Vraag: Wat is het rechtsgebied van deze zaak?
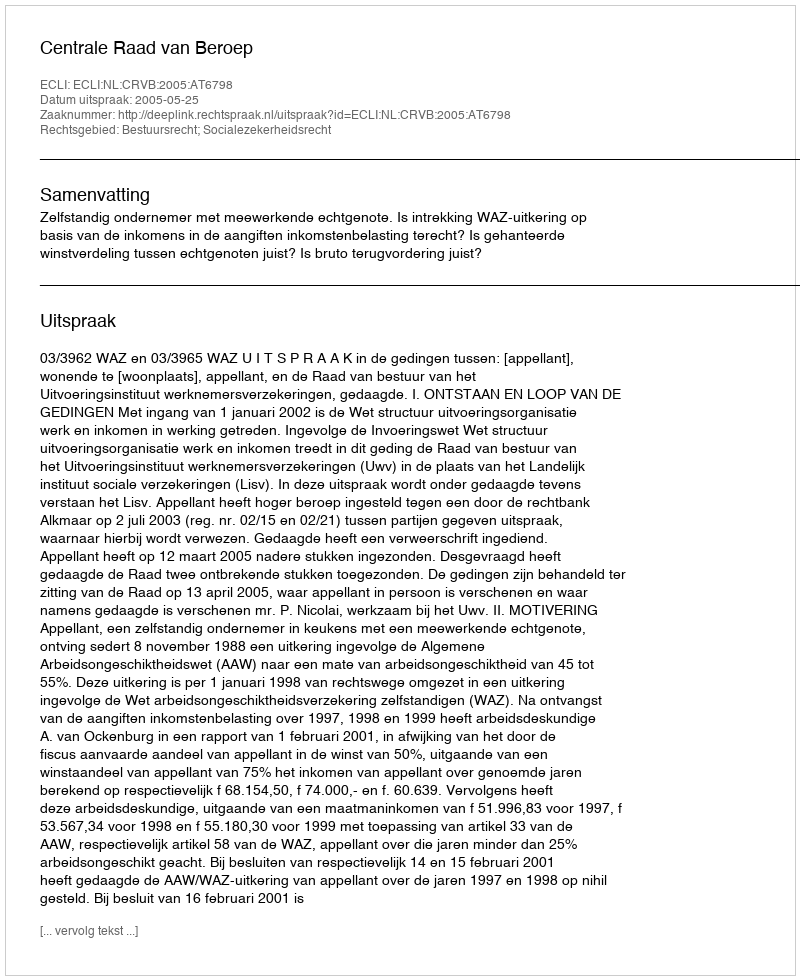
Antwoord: Bestuursrecht; Socialezekerheidsrecht